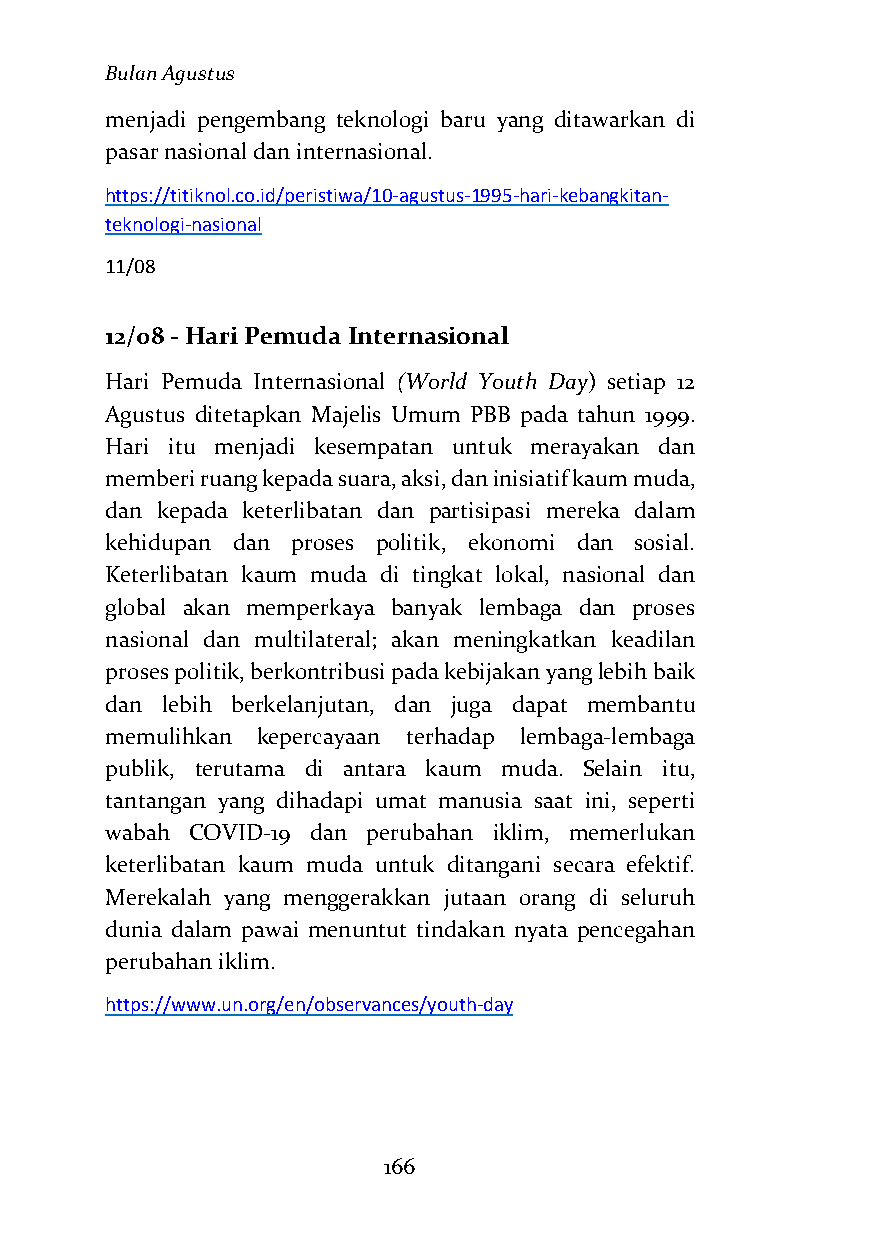
Bulan Agustus
 menjadi pengembang teknologi baru yang ditawarkan di
 pasar nasional dan internasional.
 https://titiknol.co.id/peristiwa/10-agustus-1995-hari-kebangkitan-
 teknologi-nasional
 11/08
 12/08 - Hari Pemuda Internasional
 Hari Pemuda Internasional (World Youth Day) setiap 12
 Agustus ditetapkan Majelis Umum PBB pada tahun 1999.
 Hari itu menjadi kesempatan untuk merayakan dan
 memberi ruang kepada suara, aksi, dan inisiatif kaum muda,
 dan kepada keterlibatan dan partisipasi mereka dalam
 kehidupan dan proses politik, ekonomi dan sosial.
 Keterlibatan kaum muda di tingkat lokal, nasional dan
 global akan memperkaya banyak lembaga dan proses
 nasional dan multilateral; akan meningkatkan keadilan
 proses politik, berkontribusi pada kebijakan yang lebih baik
 dan lebih berkelanjutan, dan juga dapat membantu
 memulihkan kepercayaan terhadap lembaga-lembaga
 publik, terutama di antara kaum muda. Selain itu,
 tantangan yang dihadapi umat manusia saat ini, seperti
 wabah COVID-19 dan perubahan iklim, memerlukan
 keterlibatan kaum muda untuk ditangani secara efektif.
 Merekalah yang menggerakkan jutaan orang di seluruh
 dunia dalam pawai menuntut tindakan nyata pencegahan
 perubahan iklim.
 https://www.un.org/en/observances/youth-day
 166